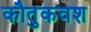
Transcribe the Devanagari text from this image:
कौतुकवश